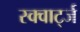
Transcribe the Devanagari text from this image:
स्क्वार्ट्ज